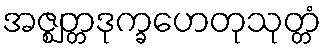
အဇ္ဈတ္တဒုက္ခဟေတုသုတ္တံ